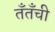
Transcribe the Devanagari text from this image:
तँतँची